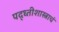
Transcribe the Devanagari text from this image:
पद्ध्तीशास्त्राचं